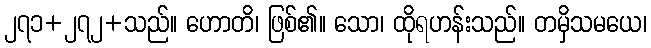
၂၇၁+၂၇၂+သည်။ ဟောတိ၊ ဖြစ်၏။ သော၊ ထိုရဟန်းသည်။ တမှိသမယေ၊